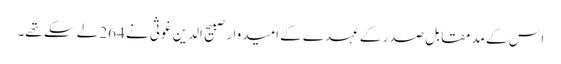
اس کے مدمقابل صدر کے عہدے کے امیدوار صبیح الدین غوثی نے 264 لے سکے تھے۔